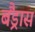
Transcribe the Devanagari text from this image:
बैंड्रास